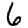
Digit: 6